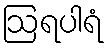
ဩရပါရံ